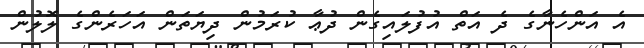
އެ އަންހެނާގެ ދެ އަތް އުފުލައިގެން ދުޢާ ކުރަމުން ދިޔަތަން އަހަރެންގެ ލޮލުން